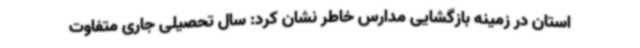
استان در زمینه بازگشایی مدارس خاطر نشان کرد: سال تحصیلی جاری متفاوت